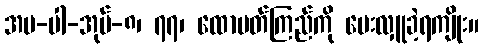
အပ-ပါ-အုပ်-၈၊ ၇၇၊ ထောပတ်ကြည်ကို ပေးလှူခဲ့ရကျိုး။